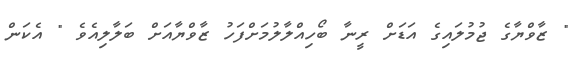
" ޒާވްޔާގެ ޖުމުލައިގެ އަޑަށް ރީނާ ބޯހިއްލާލުމަށްފަހު ޒާވްޔާއަށް ބަލާލިއެވެ " އެކަން